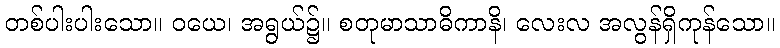
တစ်ပါးပါးသော။ ဝယေ၊ အရွယ်၌။ စတုမာသာဓိကာနိ၊ လေးလ အလွန်ရှိကုန်သော။